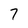
Character: 7